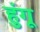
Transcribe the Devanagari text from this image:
हुंगू